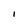
Character: l